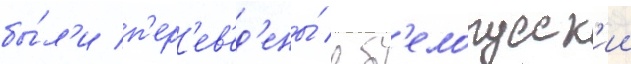
бы́л'и п'ер'ев'ед'ены́ в б'елорусск'ии